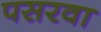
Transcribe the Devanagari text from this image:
पसरवा